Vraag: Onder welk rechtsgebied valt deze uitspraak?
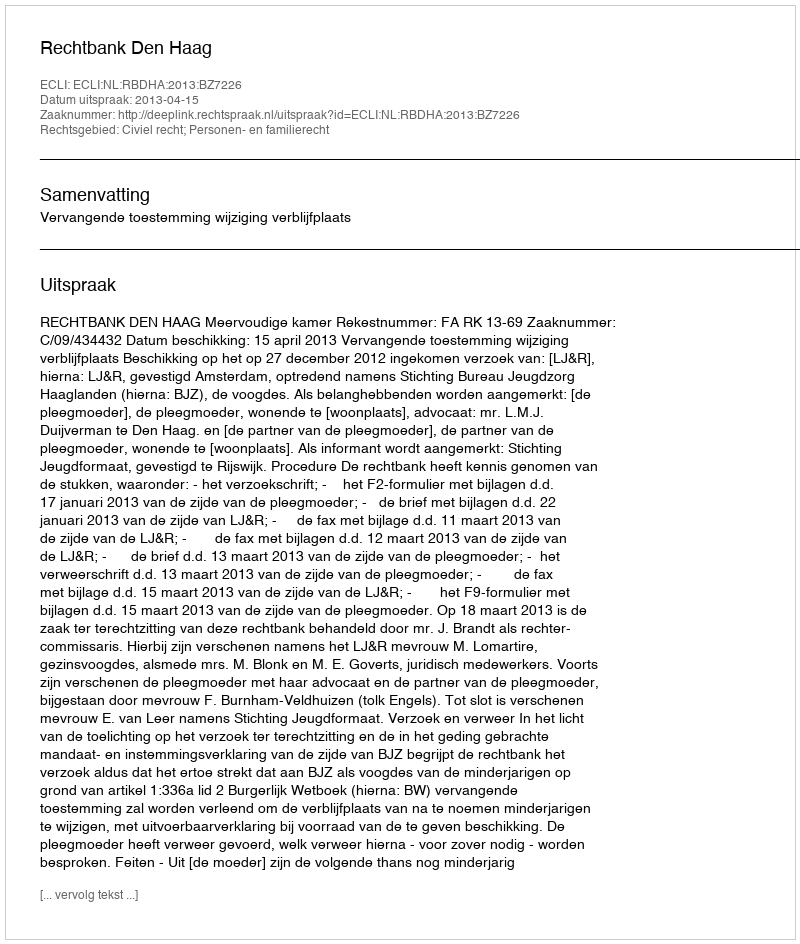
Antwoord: Civiel recht; Personen- en familierecht